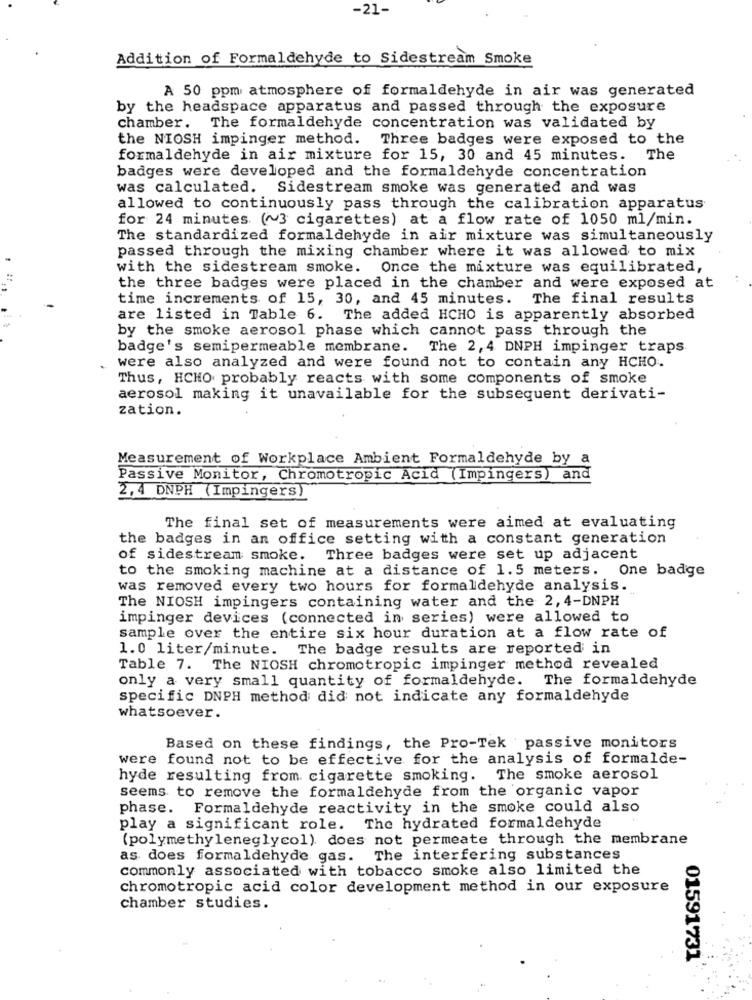
-21-
Addition of Formaldehyde to Sidestream Smoke
A 50 ppm atmosphere of formaldehyde in air was generated
by the headspace apparatus and passed through the exposure
chamber. The formaldehyde concentration was validated by
the NIOSH impinger method. Three badges were exposed to the
formaldehyde in air mixture for 15, 30 and 45 minutes. The
badges were developed and the formaldehyde concentration
was calculated. Sidestream smoke was generated and was
allowed to continuously pass through the calibration apparatus
for 24 minutes (~3 cigarettes) at a flow rate of 1050 ml/min.
The standardized formaldehyde in air mixture was simultaneously
passed through the mixing chamber where it was allowed to mix
with the sidestream smoke. Once the mixture was equilibrated,
the three badges were placed in the chamber and were exposed at
time increments of 15, 30, and 45 minutes. The final results
are listed in Table 6. The added HCHO is apparently absorbed
by the smoke aerosol phase which cannot pass through the
badge's semipermeable membrane. The 2, 4 DNPH impinger traps
were also analyzed and were found not to contain any HCHO.
Thus, HCHO probably reacts with some components of smoke
aerosol making it unavailable for the subsequent derivati-
zation.
Measurement of Workplace Ambient Formaldehyde by a
Passive Monitor, Chromotropic Acid (Impingers) and
2.4 DNPH (Impingers)
The final set of measurements were aimed at evaluating
the badges in an office setting with a constant generation
of sidestream smoke. Three badges were set up adjacent
to the smoking machine at a distance of 1.5 meters. One badge
was removed every two hours for formaldehyde analysis.
The NIOSH impingers containing water and the 2, 4-DNPH
impinger devices (connected in series) were allowed to
sample over the entire six hour duration at a flow rate of
1.0 liter/minute. The badge results are reported in
Table 7. The NIOSH chromotropic impinger method revealed
only a very small quantity of formaldehyde. The formaldehyde
specific DNPH method did not indicate any formaldehyde
whatsoever.
Based on these findings, the Pro-Tek passive monitors
were found not to be effective for the analysis of formalde-
hyde resulting from cigarette smoking. The smoke aerosol
seems to remove the formaldehyde from the organic vapor
phase. Formaldehyde reactivity in the smoke could also
play a significant role. The hydrated formaldehyde
(polymethyleneglycol) does not permeate through the membrane
as does formaldehyde gas. The interfering substances
commonly associated with tobacco smoke also limited the
chromotropic acid color development method in our exposure
chamber studies.
01591731